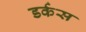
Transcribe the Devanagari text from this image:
डर्कस